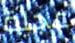
عجلة